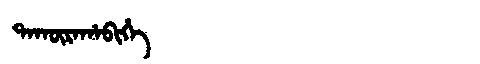
Manchu: ᡨᠠᡴᡡᡵᠠᡥᠠᠪᡳᡥᡝ
Romanization: TAKŪRAHABIHE